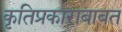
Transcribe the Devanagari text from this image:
कृतिप्रकाराबाबत